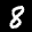
Label: 8